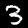
Digit: 3